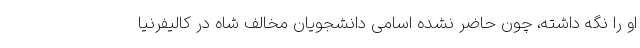
او را نگه داشته، چون حاضر نشده اسامی دانشجویان مخالف شاه در کالیفرنیا